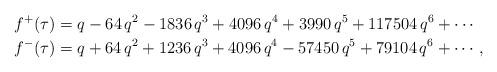
LaTeX: \begin{align*}f^{+}(\tau)&=q - 64\, q^2 - 1836\, q^3 + 4096\, q^4 + 3990\, q^5 + 117504\, q^6 +\cdots \\f^{-}(\tau)&=q + 64\, q^2 + 1236\, q^3 + 4096\, q^4 - 57450\, q^5 + 79104\, q^6 +\cdots \, ,\end{align*}